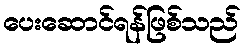
ပေးဆောင်ရန်ဖြစ်သည်